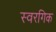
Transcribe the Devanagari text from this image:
स्वरगिक